Civil Veterinary Dept. Bombay admin report 1923-31 - 1923-1931
Year: 1923
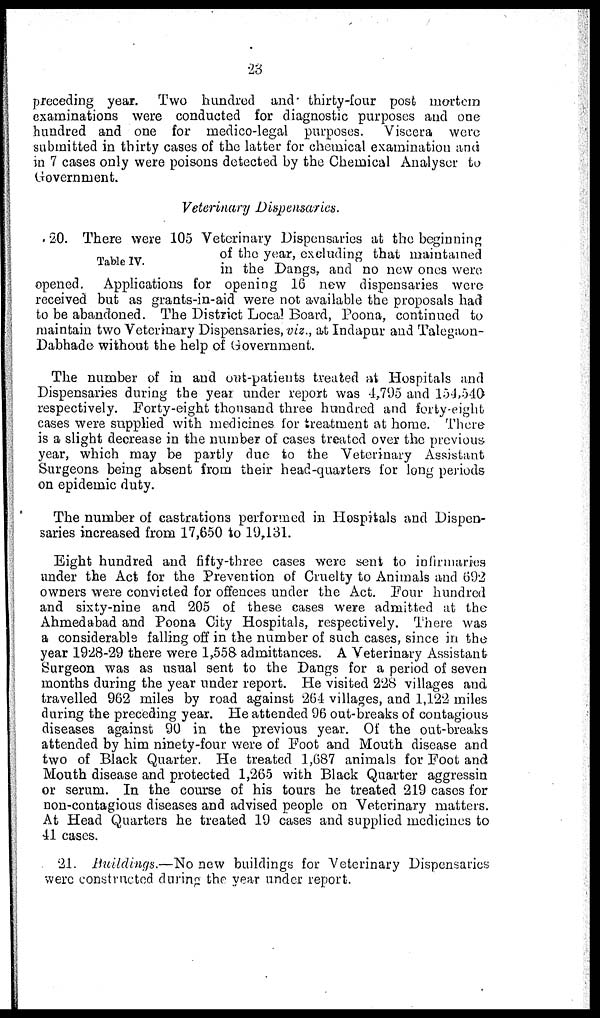
23
preceding year. Two hundred and thirty-four post mortem
examinations were conducted for diagnostic purposes and one
hundred and one for medico-legal purposes. Viscera were
submitted in thirty cases of the latter for chemical examination and
in 7 cases only were poisons detected by the Chemical Analyser to
Government.
Veterinary Dispensaries.
20. There were 105 Veterinary Dispensaries at the beginning
Table
IV.
of the year, excluding that maintained
in the Dangs, and no new ones were
opened. Applications for opening 16 new dispensaries were
received but as grants-in-aid were not available the proposals had
to be abandoned. The District Local Board, Poona, continued to
maintain two Veterinary Dispensaries, viz., at Indapur and Talegaon-
Dabhade without the help of Government.
The number of in and out-patients treated at Hospitals and
Dispensaries during the year under report was 4,795 and 154,540
respectively. Forty-eight thousand three hundred and forty-eight
cases were supplied with medicines for treatment at home. There
is a slight decrease in the number of cases treated over the previous
year, which may be partly due to the Veterinary Assistant
Surgeons being absent from their head-quarters for long periods
on epidemic duty.
The number of castrations performed in Hospitals and Dispen-
saries increased from 17,650 to 19,131.
Eight hundred and fifty-three cases were sent to infirmaries
under the Act for the Prevention of Cruelty to Animals and 692
owners were convicted for offences under the Act. Four hundred
and sixty-nine and 205 of these cases were admitted at the
Ahmedabad and Poona City Hospitals, respectively. There was
a considerable falling off in the number of such cases, since in the
year 1928-29 there were 1,558 admittances. A Veterinary Assistant
Surgeon was as usual sent to the Dangs for a period of seven
months during the year under report. He visited 228 villages and
travelled 962 miles by road against 264 villages, and 1,122 miles
during the preceding year. He attended 96 out-breaks of contagious
diseases against 90 in the previous year. Of the out-breaks
attended by him ninety-four were of Foot and Mouth disease and
two of Black Quarter. He treated 1,687 animals for Foot and
Mouth disease and protected 1,265 with Black Quarter aggressin
or serum. In the course of his tours he treated 219 cases for
non-contagious diseases and advised people on Veterinary matters.
At Head Quarters he treated 19 cases and supplied medicines to
41 cases.
21. Buildings.—No new buildings for Veterinary Dispensaries
were constructed during the year under report.